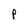
Character: p